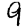
Digit: 9